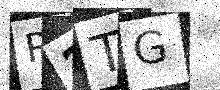
Text: R2TG